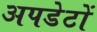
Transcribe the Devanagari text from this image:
अपडेटों